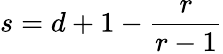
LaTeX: s=d+1-\frac{r}{r-1}